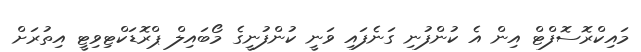
މައިކްރޮސޮފްޓް އިން އެ ކުންފުނި ގަނެފައި ވަނީ ކުންފުނީގެ މޯބައިލް ޕްރޮޑަކްޓިވިޓީ އިތުރަށް